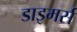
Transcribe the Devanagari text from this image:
डाइमर्स